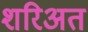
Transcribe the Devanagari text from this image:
शरिअत